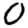
Digit: 0